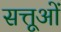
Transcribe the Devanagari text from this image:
सत्तूओं